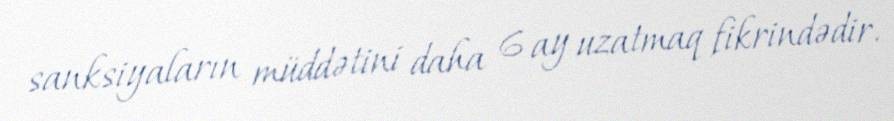
sanksiyaların müddətini daha 6 ay uzatmaq fikrindədir.